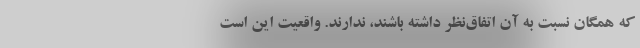
كه همگان نسبت به آن اتفاق‌نظر داشته باشند، ندارند. واقعيت اين است